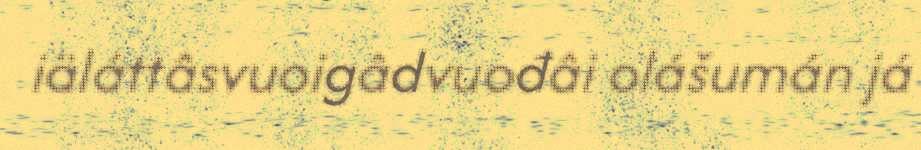
iäláttâsvuoigâdvuođâi olášumán já